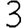
Digit: 3